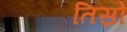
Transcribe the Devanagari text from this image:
तिस्रो